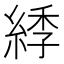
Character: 𦁳